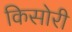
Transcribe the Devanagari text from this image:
किसोरी